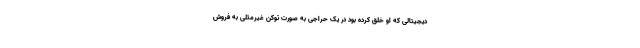
دیجیتالی که او خلق کرده بود در یک حراجی به صورت توکن غیرمثلی به فروش